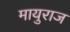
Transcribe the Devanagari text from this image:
मायुराज